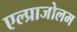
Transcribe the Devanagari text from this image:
एल्प्राजोलम